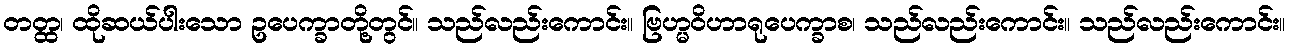
တတ္ထ၊ ထိုဆယ်ပါးသော ဥပေက္ခာတို့တွင်။ သည်လည်းကောင်း။ ဗြဟ္မဝိဟာရုပေက္ခာစ၊ သည်လည်းကောင်း။ သည်လည်းကောင်း။